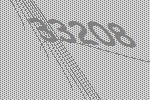
33208